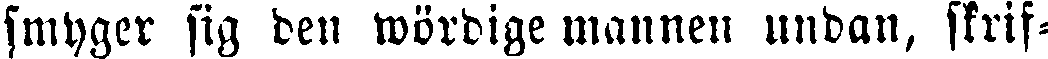
smyger sig den wördige mannen undan, skrif-